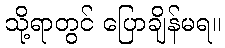
သို့ရာတွင် ပြောချိန်မရ။